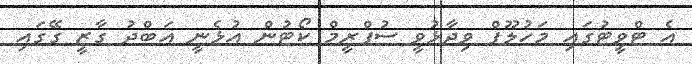
އެ ޓްވީޓުގައި މަހުލޫފް ވިދާޅުވީ ސުޕްރީމް ކޯޓުން އުޅެނީ އަބްދު ގާޒީ ގޭގައި